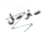
سنرسل